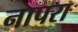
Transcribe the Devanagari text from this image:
नापरा